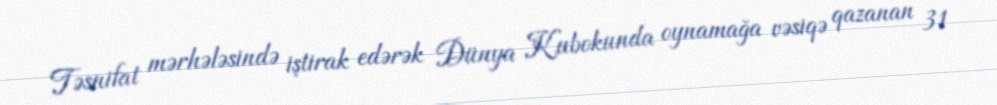
Təsnifat mərhələsində iştirak edərək Dünya Kubokunda oynamağa vəsiqə qazanan 31